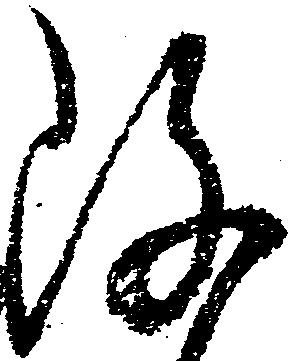
改